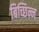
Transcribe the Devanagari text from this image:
बिच्छिन्न